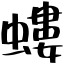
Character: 螻